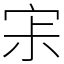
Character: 𡧯